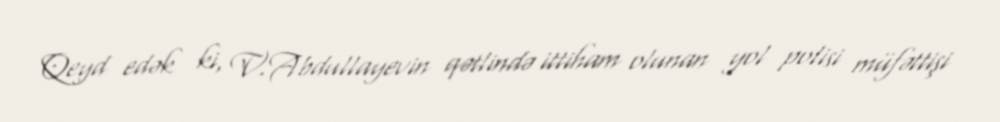
Qeyd edək ki, V.Abdullayevin qətlində ittiham olunan yol polisi müfəttişi